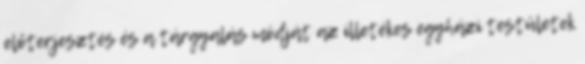
előterjesztés és a tárgyalás módját az illetékes egyházi testületek